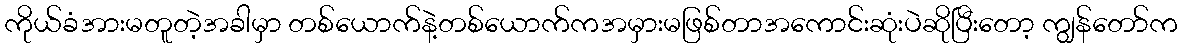
ကိုယ်ခံအားမတူတဲ့အခါမှာ တစ်ယောက်နဲ့တစ်ယောက်ကအမှားမဖြစ်တာအကောင်းဆုံးပဲဆိုပြီးတော့ ကျွန်တော်က